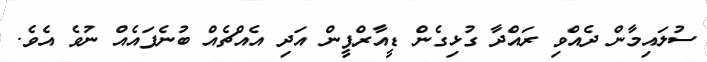
ސުލައިމާން ދެއްވި ރައްދާ ގުޅިގެން ޑީއާރްޕީން އަދި އެއްޗެއް ބުނެފައެއް ނުވެ އެވެ.